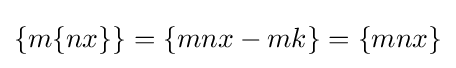
\{m\{nx\}\}=\{mnx-mk\}=\{mnx\}